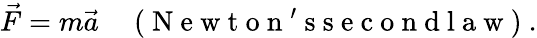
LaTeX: \vec{F}=m\vec{a}\quad\mathrm{~(~N~e~w~t~o~n~'~s~s~e~c~o~n~d~l~a~w~)~}.